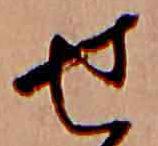
せ